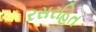
રસરહિત